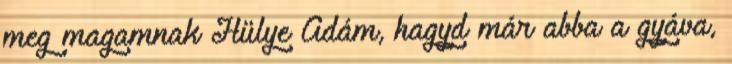
meg magamnak Hülye Ádám, hagyd már abba a gyáva,